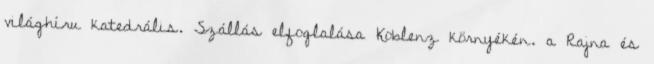
világhíru katedrális. Szállás elfoglalása Koblenz környékén. a Rajna és